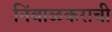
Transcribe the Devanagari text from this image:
निंबाळकराची